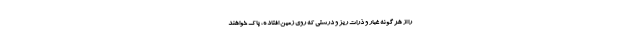
را از هر گونه غبار و ذرات ریز و درشتی که روی زمین افتاده، پاک خواهند